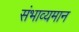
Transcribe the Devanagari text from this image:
संभाव्यमान